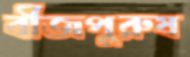
বীজপুরুষ